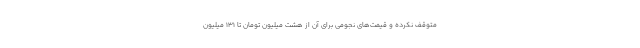
متوقف نکرده و قیمت‌های نجومی برای آن از هشت میلیون تومان تا ۱۳۱ میلیون